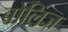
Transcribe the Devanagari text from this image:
बोलिंज